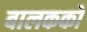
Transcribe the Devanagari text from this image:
बालकको